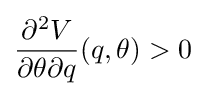
{\frac {\partial ^{2}V}{\partial \theta \partial q}}(q,\theta )>0